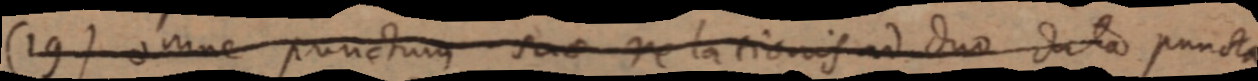
(19) omne punctum suae relationis ad duo dato puncta